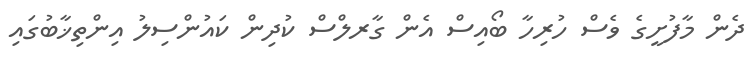
ދެން މާފުށީގެ ވެސް ހުރިހާ ބޯއިސް އެން ގާރލްސް ކުދިން ކައުންސިލު އިންތިޚާބުގައި